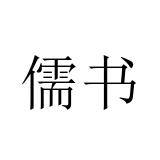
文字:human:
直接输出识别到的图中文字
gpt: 儒书